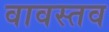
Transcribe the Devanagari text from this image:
वावस्तव